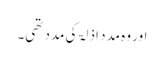
اور وہ مدد اذلۃ کی مدد تھی۔